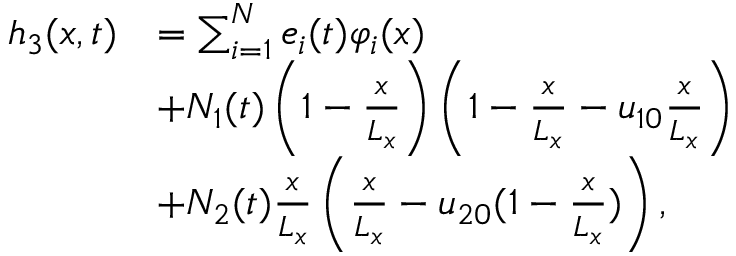
\begin{array} { r l } { h _ { 3 } ( x , t ) } & { = \sum _ { i = 1 } ^ { N } e _ { i } ( t ) \varphi _ { i } ( x ) } \\ & { + N _ { 1 } ( t ) \left( 1 - \frac { x } { L _ { x } } \right) \left( 1 - \frac { x } { L _ { x } } - u _ { 1 0 } \frac { x } { L _ { x } } \right) } \\ & { + N _ { 2 } ( t ) \frac { x } { L _ { x } } \left( \frac { x } { L _ { x } } - u _ { 2 0 } ( 1 - \frac { x } { L _ { x } } ) \right) , } \end{array}